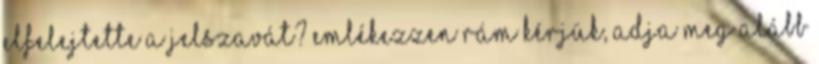
Elfelejtette a jelszavát? Emlékezzen rám Kérjük, adja meg alább